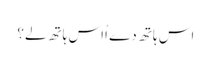
اس ہاتھ دے اُاس ہاتھ لے؟